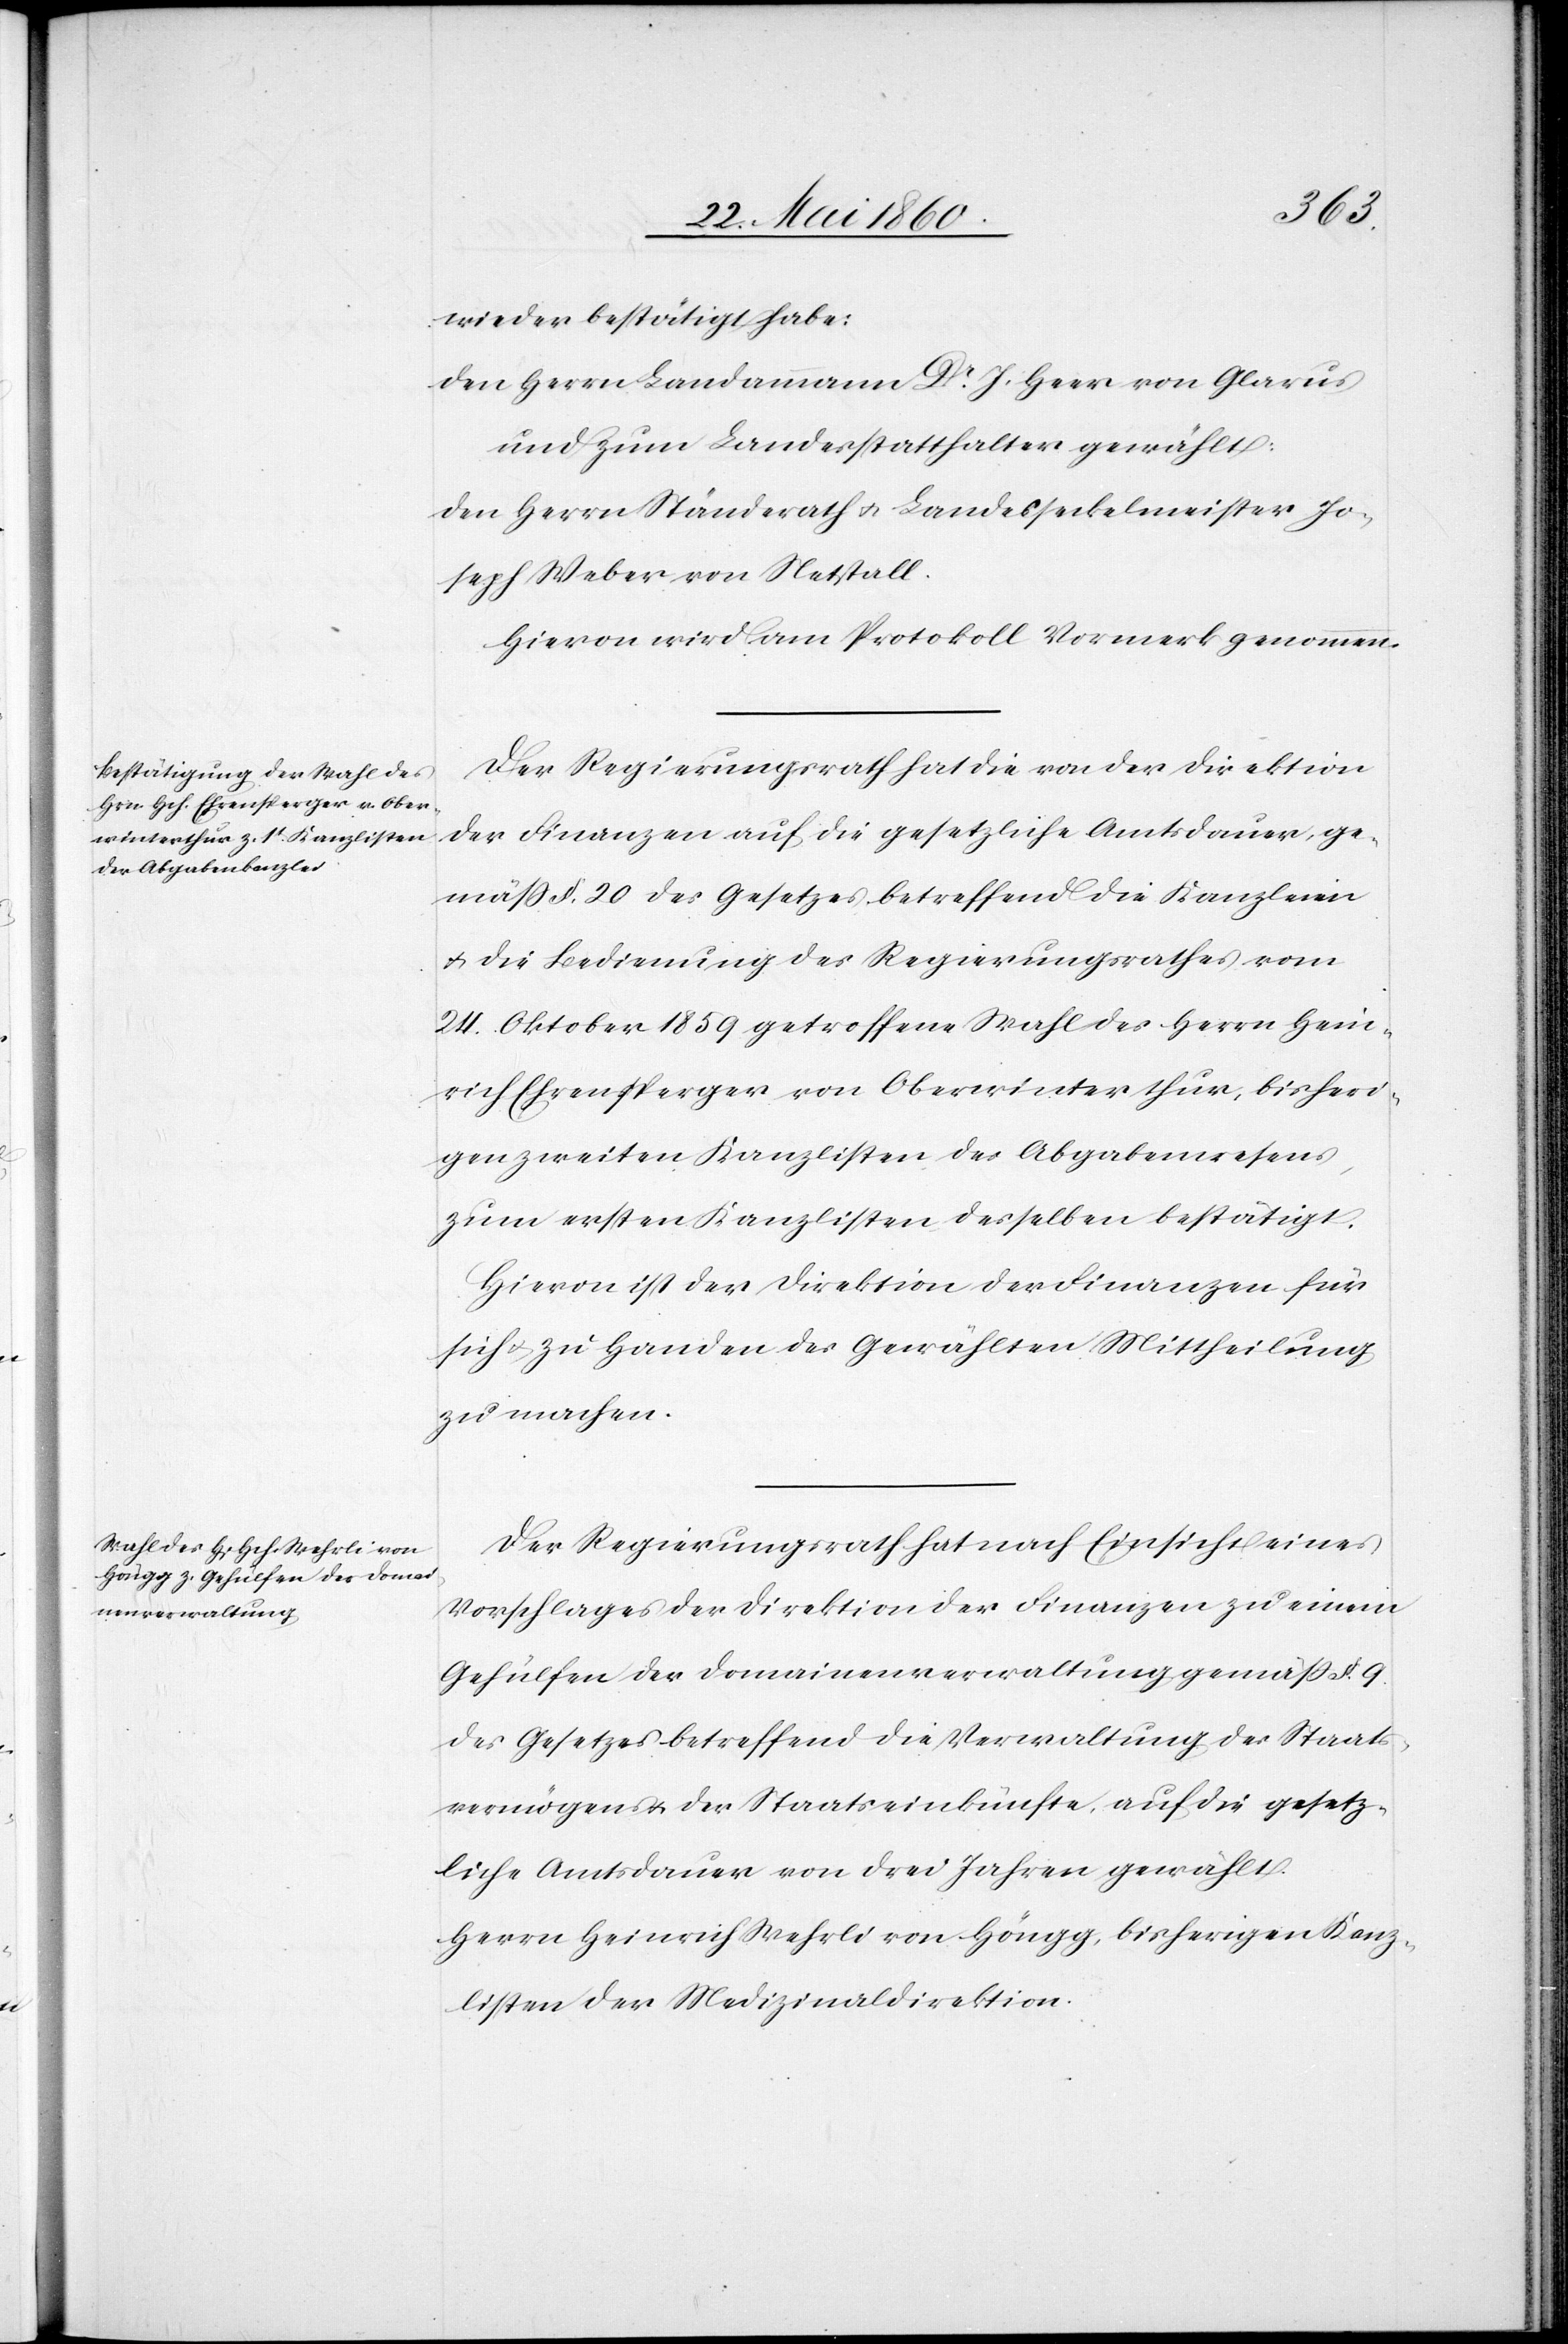
wieder bestätigt habe:
den Herrn Landammann Dr J. Herr von Glarus
und zum Landesstatthalter gewählt:
Den Herrn Ständerath u. Landesseckelmeister Jo¬
seph Weber von Netstall.
Hievon wird am Protokoll Vormerk genommen.
Der Regierungsrath hat die von der Direktion
der Finanzen auf die gesetzliche Amtsdauer, ge¬
mäss §. 20. des Gesetzes betreffend die Kanzleien
u. die Bedienung des Regierungsrathes vom
24. Oktober 1859 getroffene Wahl des Herrn Hein¬
rich Ehrensperger von Oberwinterthur, bisheri¬
gen zweiten Kanzlisten des Abgabenwesens,
zum ersten Kanzlisten desselben bestätigt.
Hievon ist der Direktion der Finanzen für
sich u. zu Handen des Gewählten Mittheilung
zu machen.
Der Regierungsrath hat nach Einsicht eines
Vorschlages der Direktion der Finanzen zu einem
Gehülfen der Domainenverwaltung gemäss §. 9.
des Gesetzes betreffend die Verwaltung des Staats¬
vermögens u. der Staatseinkünfte, auf die gesetz¬
liche Amtsdauer von drei Jahren gewählt.
Herrn Heinrich Wehrli von Höngg, bisherigen Kanz¬
listen der Medizinaldirektion.